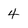
Character: 4